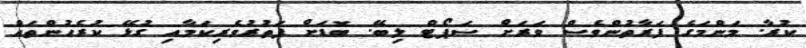
ކުރާ. މަންމަގެ ފަރާތުންވެސް ވަރަށް ސަޕޯޓް ލިބޭ. ބޮޑަށް ފަތުރުވެރިކަމާއި ގުޅޭ ކުރެހުންތައް